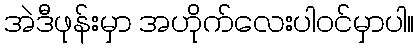
အဲဒီဖုန်းမှာ အဟိုက်လေးပါဝင်မှာပါ။